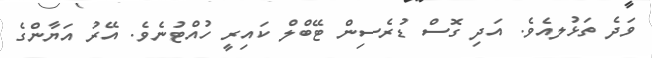
ވަދެ ތަޅުލއެވެ. އަދި ގޮސް ޑުރެސިން ޓޭބްލްް ކައިރީ ހުއްޓުނެވެ. އޭރު އަޔާާާންގެ